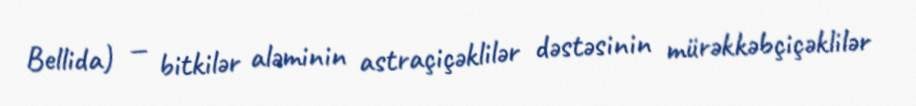
Bellida) — bitkilər aləminin astraçiçəklilər dəstəsinin mürəkkəbçiçəklilər